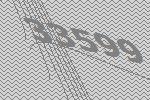
33599